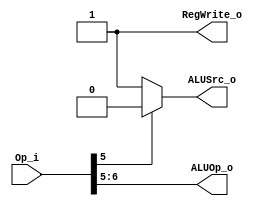
module Control(Op_i, ALUOp_o, ALUSrc_o, RegWrite_o);
    input [6:0] Op_i;
    output reg ALUSrc_o, RegWrite_o;
    // ALUOp from OpCode[6:5]
    // R format: 01 
    // I format: 00 
    output reg [1:0] ALUOp_o;
    
    always @(Op_i) begin 
        ALUOp_o <= Op_i[6:5];
        RegWrite_o <= 1'b1; // for all supported ops 

        if(~Op_i[5]) begin
            ALUSrc_o <= 1'b1;
        end else begin
            ALUSrc_o <= 1'b0;
        end 
    end
endmodule